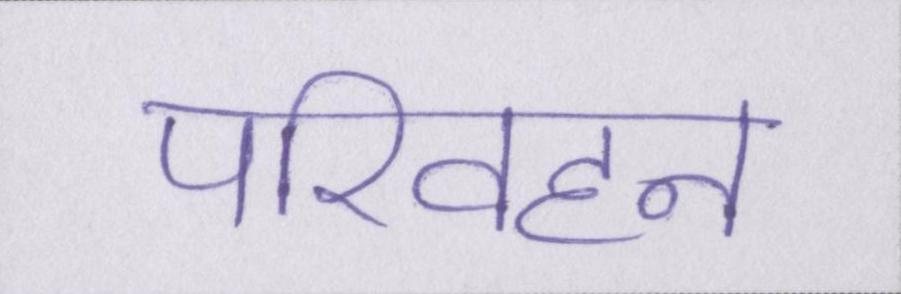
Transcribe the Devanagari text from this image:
परिवहन